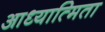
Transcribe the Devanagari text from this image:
आध्यात्मिता